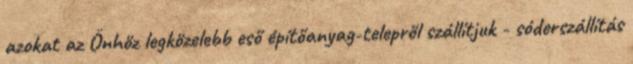
azokat az Önhöz legközelebb eső építőanyag-telepről szállítjuk - sóderszállítás